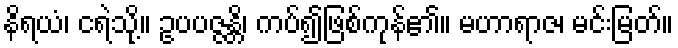
နိရယံ၊ ငရဲသို့။ ဥပပဇ္ဇန္တိ၊ ကပ်၍ဖြစ်ကုန်၏။ မဟာရာဇ၊ မင်းမြတ်။